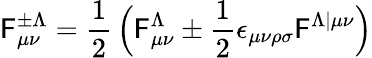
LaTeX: {\cal\mathsf{F}}_{\mu\nu}^{\pm\Lambda}={\frac{{1}}{{2}}}\, \Bigl(\mathsf{F}_{\mu\nu}^{\Lambda}\pm{\frac{{1}}{{2}}}\epsilon_{\mu\nu\rho\sigma}\mathsf{F}^{\Lambda\vert\mu\nu}\Bigr)